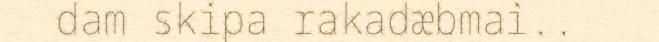
dam skipa rakadæbmai..